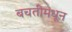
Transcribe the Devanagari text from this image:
बचतीमधून